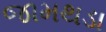
જામથડા